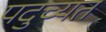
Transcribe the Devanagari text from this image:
पदुच्यत